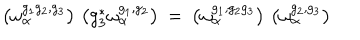
LaTeX: \left( \omega _ { \alpha } ^ { g _ { 1 } g _ { 2 } , g _ { 3 } } \right) \, \left( g _ { 3 } ^ { * } \omega _ { \alpha } ^ { g _ { 1 } , g _ { 2 } } \right) \: = \: \left( \omega _ { \alpha } ^ { g _ { 1 } , g _ { 2 } g _ { 3 } } \right) \, \left( \omega _ { \alpha } ^ { g _ { 2 } , g _ { 3 } } \right)